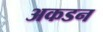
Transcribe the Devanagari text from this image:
अकडन